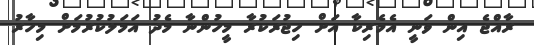
ރާއްޖެ އިން ވަނީ އެމެރިކާ އަށް ހިޖުރަކުރާ މީހުންނާ މެދު އަމަލުކުރުމަށް މިހާރު